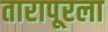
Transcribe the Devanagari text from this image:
तारापूरला